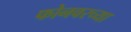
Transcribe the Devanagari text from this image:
फोनवरच्या